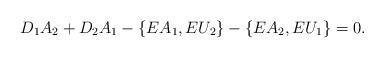
LaTeX: \begin{align*}D_1A_2+D_2A_1-\lbrace EA_1,EU_2\rbrace-\lbrace EA_2,EU_1\rbrace=0.\end{align*}